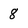
Character: 8